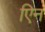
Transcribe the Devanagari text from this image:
एिन